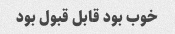
خوب بود قابل قبول بود